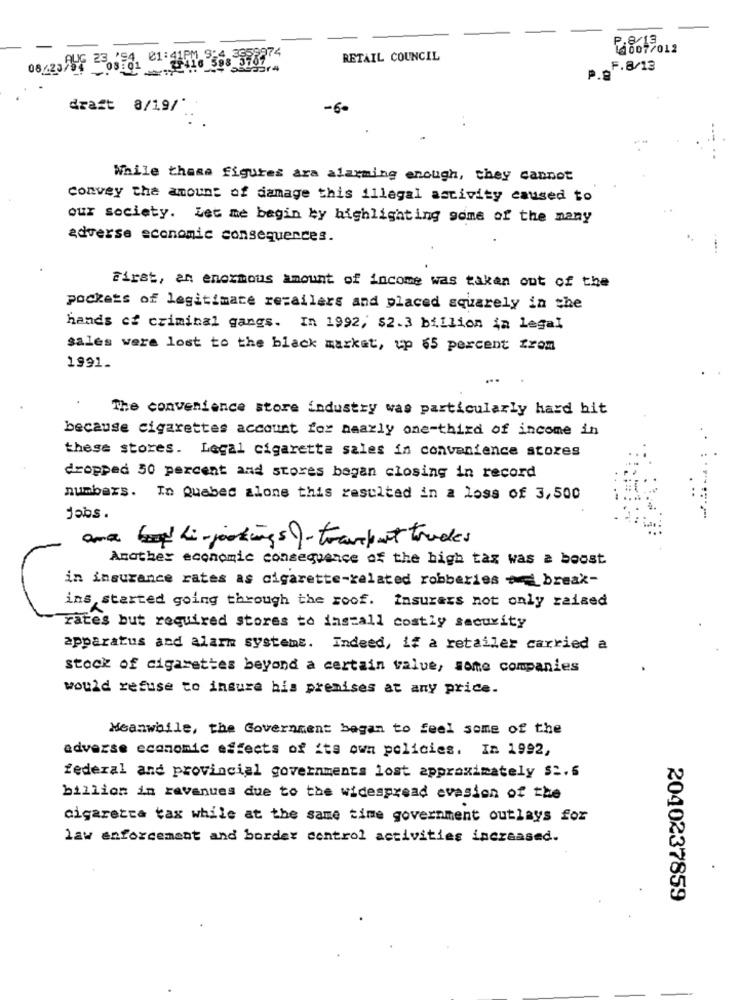
110097012
, 21:41
M 9-4 3658874
RETAIL COUNCIL
08/23/04 - 08 01 2 216 508 3767
draft 8/19/"
-6
While these figures ara alarming enough, they cannot
Convey the amount of damage this illegal activity caused to
our society. let me begin by highlighting some of the many
adverse economic consequences.
First, an enormous amount of income was taken out of the
pockets of legitimate retailers and placed squarely in the
hands of criminal gangs. In 1992, $2.3 billion in legal
sales were lost to the black market, up 65 percent from
1991_
The convenience store industry was particularly hard hit
because cigarettes account for nearly one-third of income in
. .
these stores. Legal cigarette sales in convenience stores
dropped 50 percent and stores began closing in record
numbers. In Quebec alone this resulted in a loss of 3,500
jobs.
ana (og li- jookings )- transport trades
Another economic consequence of the high tax was a boost
in insurance rates as cigarette-related robberies to break-
ins started going through the roof. Insurers not only raised
rates but required stores to install costly security
apparatus and alarm systemE. Indeed, if a retailer carried a
stock of cigarettes beyond a certain value, some companies
would refuse to insure his premises at any price.
Meanwhile, the Government began to feel some of the
adverse economic effects of its own policies. In 1992,
federal and provincial governments lost approximately $2.6
billion in revenues due to the widespread evasion of the
cigaretta tax while at the same time government outlays for
law enforcement and border control activities increased.
2040237859